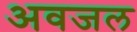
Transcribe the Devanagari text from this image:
अवजल